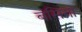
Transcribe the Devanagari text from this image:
बसिंगा